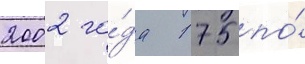
2002 го́да 175 по́